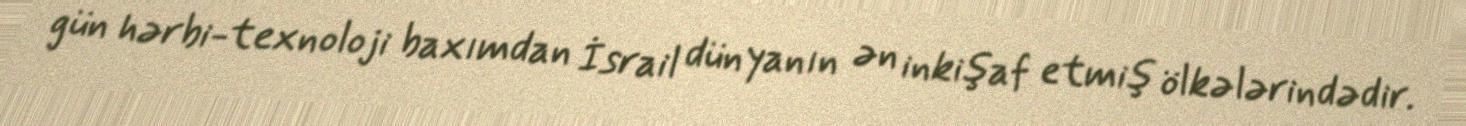
gün hərbi-texnoloji baxımdan İsrail dünyanın ən inkişaf etmiş ölkələrindədir.